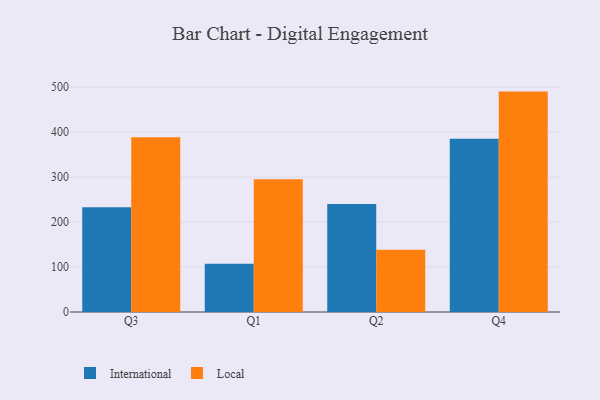
{"axis": {"x": "Quarter", "y": "Page Views"}, "legend": ["International", "Local"], "data": [{"x": "Q3", "y": 233.3, "type": "International"}, {"x": "Q3", "y": 388.7, "type": "Local"}, {"x": "Q1", "y": 107.6, "type": "International"}, {"x": "Q1", "y": 295.3, "type": "Local"}, {"x": "Q2", "y": 240.5, "type": "International"}, {"x": "Q2", "y": 138.6, "type": "Local"}, {"x": "Q4", "y": 385.5, "type": "International"}, {"x": "Q4", "y": 490.3, "type": "Local"}]}